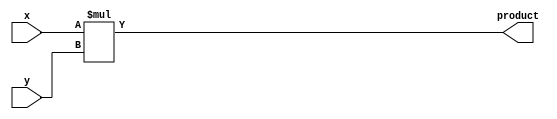
`timescale 1ns / 1ps
//////////////////////////////////////////////////////////////////////////////////
// Company: 
// Engineer: 
// 
// Design Name: 
// Module Name: fusion_unit
// Project Name: 
// Target Devices: 
// Tool Versions: 
// Description: 
// 
// Dependencies: 
// 
// Revision:
// Revision 0.01 - File Created
// Additional Comments:
// 
//////////////////////////////////////////////////////////////////////////////////

//***** Multiplier Module (for post-synthesis observation) *****//
module mult (
    input signed [7:0] x,
    input signed [7:0] y,
    output signed [15:0] product
);
    assign product = x*y;
endmodule

//***** Top-Level Baseline Data-Gated Precision-Scalable MAC (PSMAC) Unit *****//
module psmac (
    input [7:0] x,
    input [7:0] y,
    // input sx,
    // input sy,
    input [3:0] mode,
    input clk,
    input en,
    input nrst,
    output [15:0] product, // Sum Together (ST)
    output reg [19:0] sum // Sum Together (ST)
    );

    //** Configuration/Mode Parameters **//    
    localparam _2bx2b = 4'd0; localparam _4bx4b = 4'd1; localparam _8bx8b = 4'd2;                   
    localparam _2bx4b = 4'd3; localparam _4bx2b = 4'd4;
    localparam _4bx8b = 4'd5; localparam _8bx4b = 4'd6;
    localparam _2bx8b = 4'd7; localparam _8bx2b = 4'd8;

    //** Data Gating the LSBs for Precision-Scalable MAC (PSMAC) Mode **//
    reg [7:0] gated_x, gated_y;
    always@(*) begin
        case(mode)
            _2bx2b: begin
                gated_x = x & 8'b1100_0000;
                gated_y = y & 8'b1100_0000;
            end
            _4bx4b: begin
                gated_x = x & 8'b1111_0000;
                gated_y = y & 8'b1111_0000;
            end
            _8bx8b: begin
                gated_x = x;
                gated_y = y;
            end
            _2bx4b: begin
                gated_x = x & 8'b1100_0000;
                gated_y = y & 8'b1111_0000;
            end
            _4bx2b: begin
                gated_x = x & 8'b1111_0000;
                gated_y = y & 8'b1100_0000;
            end
            _4bx8b: begin
                gated_x = x & 8'b1111_0000;
                gated_y = y;
            end
            _8bx4b: begin
                gated_x = x;
                gated_y = y & 8'b1111_0000;
            end
            _2bx8b: begin
                gated_x = x & 8'b1100_0000;
                gated_y = y;
            end
            _8bx2b: begin
                gated_x = x;
                gated_y = y & 8'b1100_0000;
            end
            default: begin
                gated_x = x;
                gated_y = y;
            end
        endcase
    end

    //** Multiplier Module Instantiation **//
    mult simple_mult (.x(gated_x), .y(gated_y), .product(product));

    //** Output Accumulator Mapping based on chosen mode **//
    // Create buffer to check when precision mode changes for resetting sum/accumulator
    reg [3:0] mode_buffer; 
    always@(posedge clk) begin
        if(!nrst) begin
            mode_buffer <= 4'd15;
        end else begin
            mode_buffer <= mode; 
        end
    end

    always@(posedge clk) begin
        if (!nrst) begin
            sum <= 0;
        end else begin
            // Empty the sum when switching modes
            if (mode != mode_buffer) begin 
                // Check if the MAC Engine is in idle and the precision mode changes
                sum <= 0;
            end else begin
                if(en) begin
                    sum <= sum + {{4{product[15]}}, product}; // Extend product to 20 bits before accumulating
                end
            end
        end
    end

endmodule